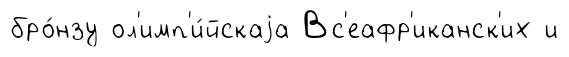
бро́нзу ол'имп'и́йскаjа Вс'еафр'иканск'их и